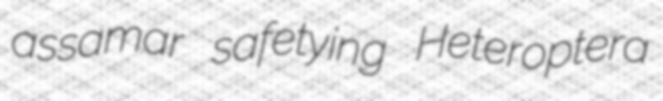
assamar safetying Heteroptera